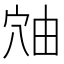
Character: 𬔈